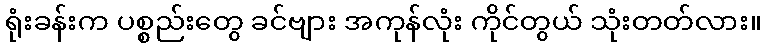
ရုံးခန်းက ပစ္စည်းတွေ ခင်ဗျား အကုန်လုံး ကိုင်တွယ် သုံးတတ်လား။